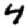
Digit: 4